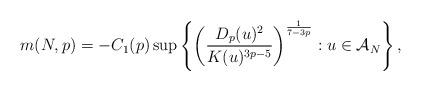
LaTeX: \begin{align*}m(N,p)=-C_{1}(p)\sup\left\{ \left(\frac{D_{p}(u)^{2}}{K(u)^{3p-5}}\right)^{\frac{1}{7-3p}}:u\in{\cal A}_{N}\right\} ,\end{align*}